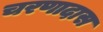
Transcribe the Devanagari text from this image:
चरणादास